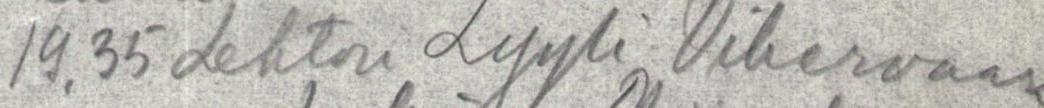
19.35 Lehtori Lyyli Vihervaara